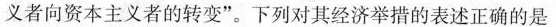
义者向资本主义者的转变”。下列对其经济举措的表述正确的是